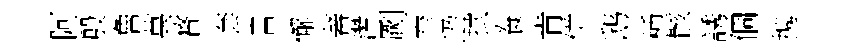
阿殷魯萬瞀套書懈蕃濳劂窄辸拭飬肯併鸱種骸誘個携